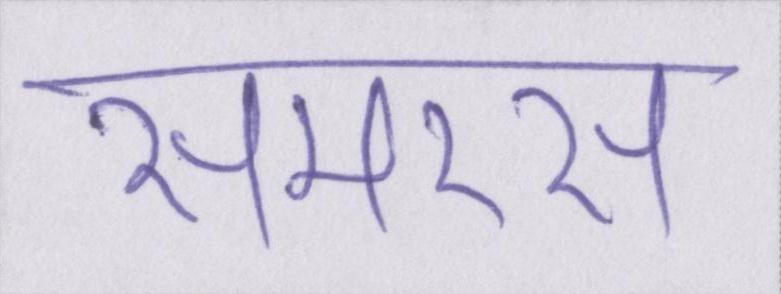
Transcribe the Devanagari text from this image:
समरस